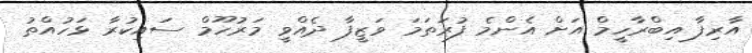
އާރިފާ އިބްރާހީމް އަށް އެންމެ ފުރަތަމަ ވަޒީފާ ދެއްވީ މަރުހޫމް ސައިކުރާ ޅަހުއްތު